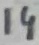
Text: 14